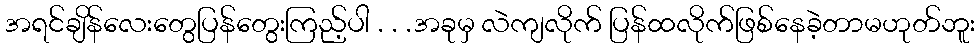
အရင်ချိန်လေးတွေပြန်တွေးကြည့်ပါ . . .အခုမှ လဲကျလိုက် ပြန်ထလိုက်ဖြစ်နေခဲ့တာမဟုတ်ဘူး